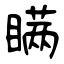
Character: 瞒